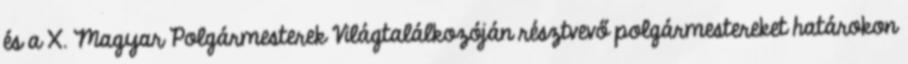
és a X. Magyar Polgármesterek Világtalálkozóján résztvevő polgármestereket határokon